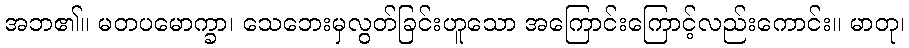
အဘ၏။ မတပမောက္ခာ၊ သေဘေးမှလွတ်ခြင်းဟူသော အကြောင်းကြောင့်လည်းကောင်း။ မာတု၊